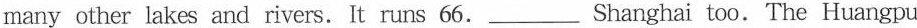
many other lakes and rivers. It runs 66.___Shanghai too. The Huangpu